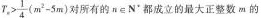
$$T_{n}> \frac{1}{4}(m^{2}-5m)$$ 对所有的n\epsilon N'都成立的最大正整数m的